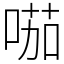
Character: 𠸏